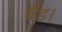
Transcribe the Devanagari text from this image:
बैंड।